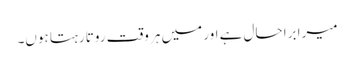
میرا برا حال ہے اور میں ہر وقت روتا رہتا ہوں۔